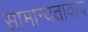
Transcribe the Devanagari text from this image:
सामान्यतावाद